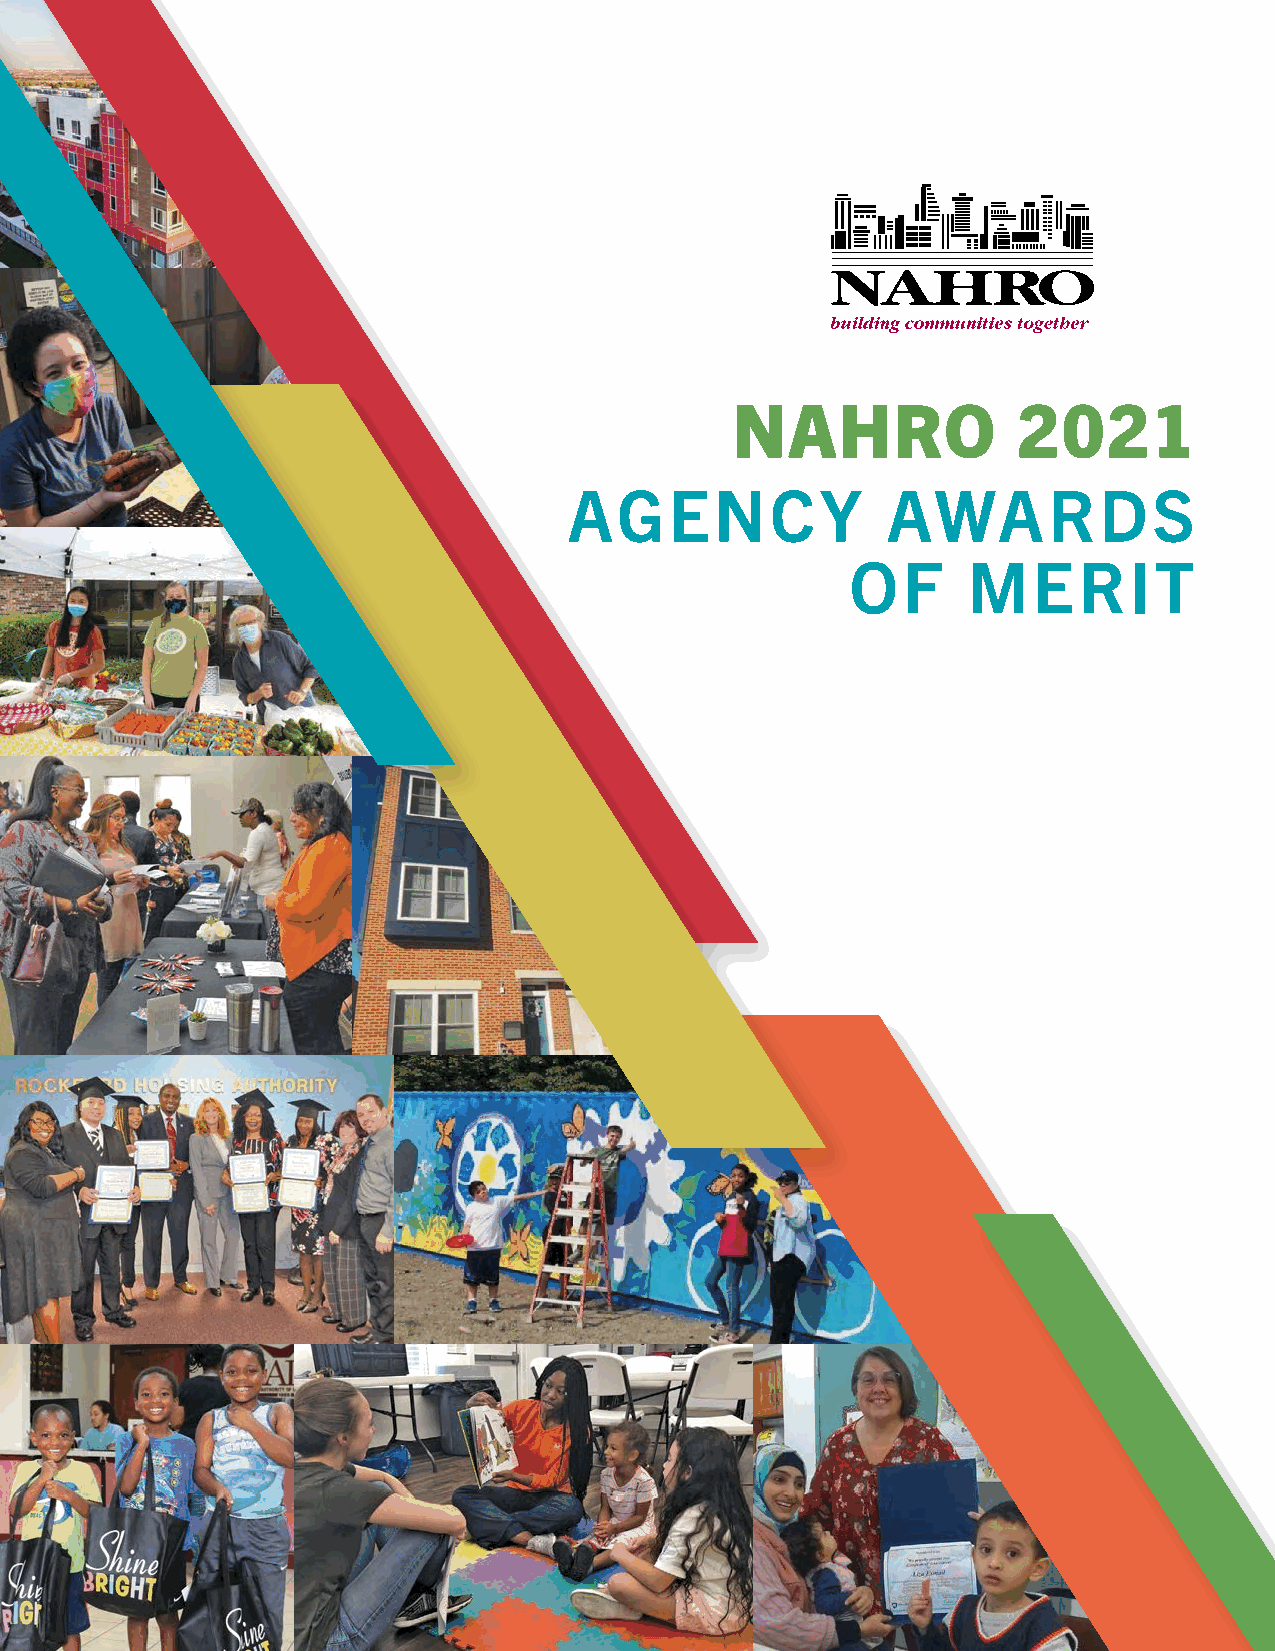
NAHRO              2021
 AGENCY               AWARDS
 OF      MERIT